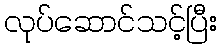
လုပ်ဆောင်သင့်ပြီး